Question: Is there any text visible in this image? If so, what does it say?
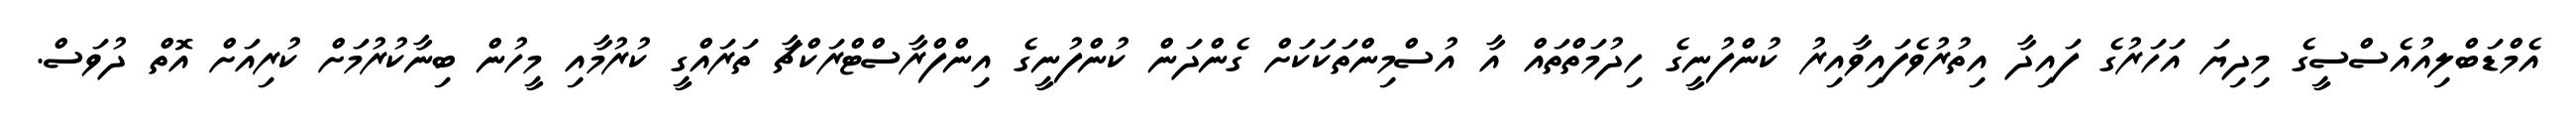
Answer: އެމްޑަބްލިއުއެސްސީގެ މިދިޔަ އަހަރުގެ ފައިދާ އިތުރުވެފައިވާއިރު ކުންފުނީގެ ހިދުމަތްތައް އާ އުސްމިންތަކަކަށް ގެންދަން ކުންފުނީގެ އިންފްރާސްޓްރަކްޗާ ތަރައްގީ ކުރުމާއި މީހުން ބިނާކުރުމަށް ކުރިއަށް އޮތް ދުވަސް.